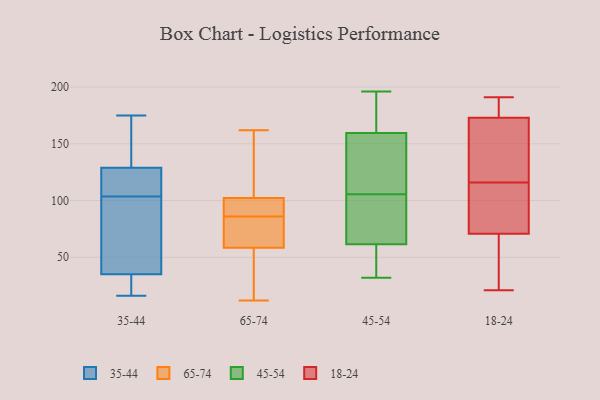
{"axis": {"x": "Conversion Rate (%)", "y": "Value"}, "legend": ["18-24", "35-44", "45-54", "65-74"], "data": [{"x": "", "y": 129, "type": "35-44"}, {"x": "", "y": 16, "type": "35-44"}, {"x": "", "y": 85, "type": "35-44"}, {"x": "", "y": 31, "type": "35-44"}, {"x": "", "y": 125, "type": "35-44"}, {"x": "", "y": 35, "type": "35-44"}, {"x": "", "y": 134, "type": "35-44"}, {"x": "", "y": 148, "type": "35-44"}, {"x": "", "y": 96, "type": "35-44"}, {"x": "", "y": 34, "type": "35-44"}, {"x": "", "y": 111, "type": "35-44"}, {"x": "", "y": 115, "type": "35-44"}, {"x": "", "y": 74, "type": "35-44"}, {"x": "", "y": 175, "type": "35-44"}, {"x": "", "y": 86, "type": "65-74"}, {"x": "", "y": 99, "type": "65-74"}, {"x": "", "y": 41, "type": "65-74"}, {"x": "", "y": 12, "type": "65-74"}, {"x": "", "y": 121, "type": "65-74"}, {"x": "", "y": 63, "type": "65-74"}, {"x": "", "y": 162, "type": "65-74"}, {"x": "", "y": 64, "type": "65-74"}, {"x": "", "y": 130, "type": "65-74"}, {"x": "", "y": 86, "type": "65-74"}, {"x": "", "y": 85, "type": "65-74"}, {"x": "", "y": 109, "type": "65-74"}, {"x": "", "y": 86, "type": "65-74"}, {"x": "", "y": 100, "type": "65-74"}, {"x": "", "y": 45, "type": "65-74"}, {"x": "", "y": 17, "type": "65-74"}, {"x": "", "y": 67, "type": "65-74"}, {"x": "", "y": 106, "type": "45-54"}, {"x": "", "y": 79, "type": "45-54"}, {"x": "", "y": 164, "type": "45-54"}, {"x": "", "y": 39, "type": "45-54"}, {"x": "", "y": 105, "type": "45-54"}, {"x": "", "y": 32, "type": "45-54"}, {"x": "", "y": 133, "type": "45-54"}, {"x": "", "y": 178, "type": "45-54"}, {"x": "", "y": 52, "type": "45-54"}, {"x": "", "y": 120, "type": "45-54"}, {"x": "", "y": 63, "type": "45-54"}, {"x": "", "y": 60, "type": "45-54"}, {"x": "", "y": 183, "type": "45-54"}, {"x": "", "y": 196, "type": "45-54"}, {"x": "", "y": 71, "type": "45-54"}, {"x": "", "y": 155, "type": "45-54"}, {"x": "", "y": 138, "type": "18-24"}, {"x": "", "y": 180, "type": "18-24"}, {"x": "", "y": 191, "type": "18-24"}, {"x": "", "y": 116, "type": "18-24"}, {"x": "", "y": 179, "type": "18-24"}, {"x": "", "y": 115, "type": "18-24"}, {"x": "", "y": 68, "type": "18-24"}, {"x": "", "y": 42, "type": "18-24"}, {"x": "", "y": 66, "type": "18-24"}, {"x": "", "y": 164, "type": "18-24"}, {"x": "", "y": 105, "type": "18-24"}, {"x": "", "y": 138, "type": "18-24"}, {"x": "", "y": 176, "type": "18-24"}, {"x": "", "y": 21, "type": "18-24"}, {"x": "", "y": 79, "type": "18-24"}]}